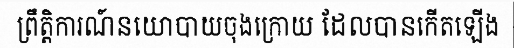
ព្រឹត្តិការណ៍នយោបាយចុងក្រោយ ដែលបានកើតឡើង